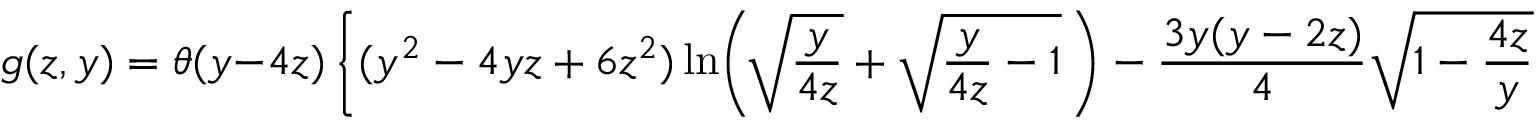
g ( z , y ) = \theta ( y - 4 z ) \left\{ ( y ^ { 2 } - 4 y z + 6 z ^ { 2 } ) \ln \! \left( \! \sqrt { \frac { y } { 4 z } } + \sqrt { \frac { y } { 4 z } - 1 } \, \right) - \frac { 3 y ( y - 2 z ) } { 4 } \sqrt { 1 - \frac { 4 z } { y } } \right\} \, .